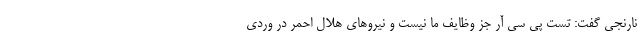
نارنجی گفت: تست پی سی آر جز وظایف ما نیست و نیروهای هلال احمر در وردی